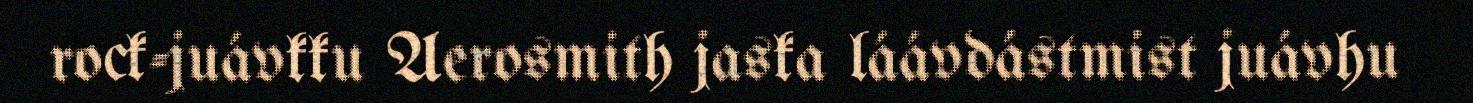
rock-juávkku Aerosmith jaska láávdástmist juávhu